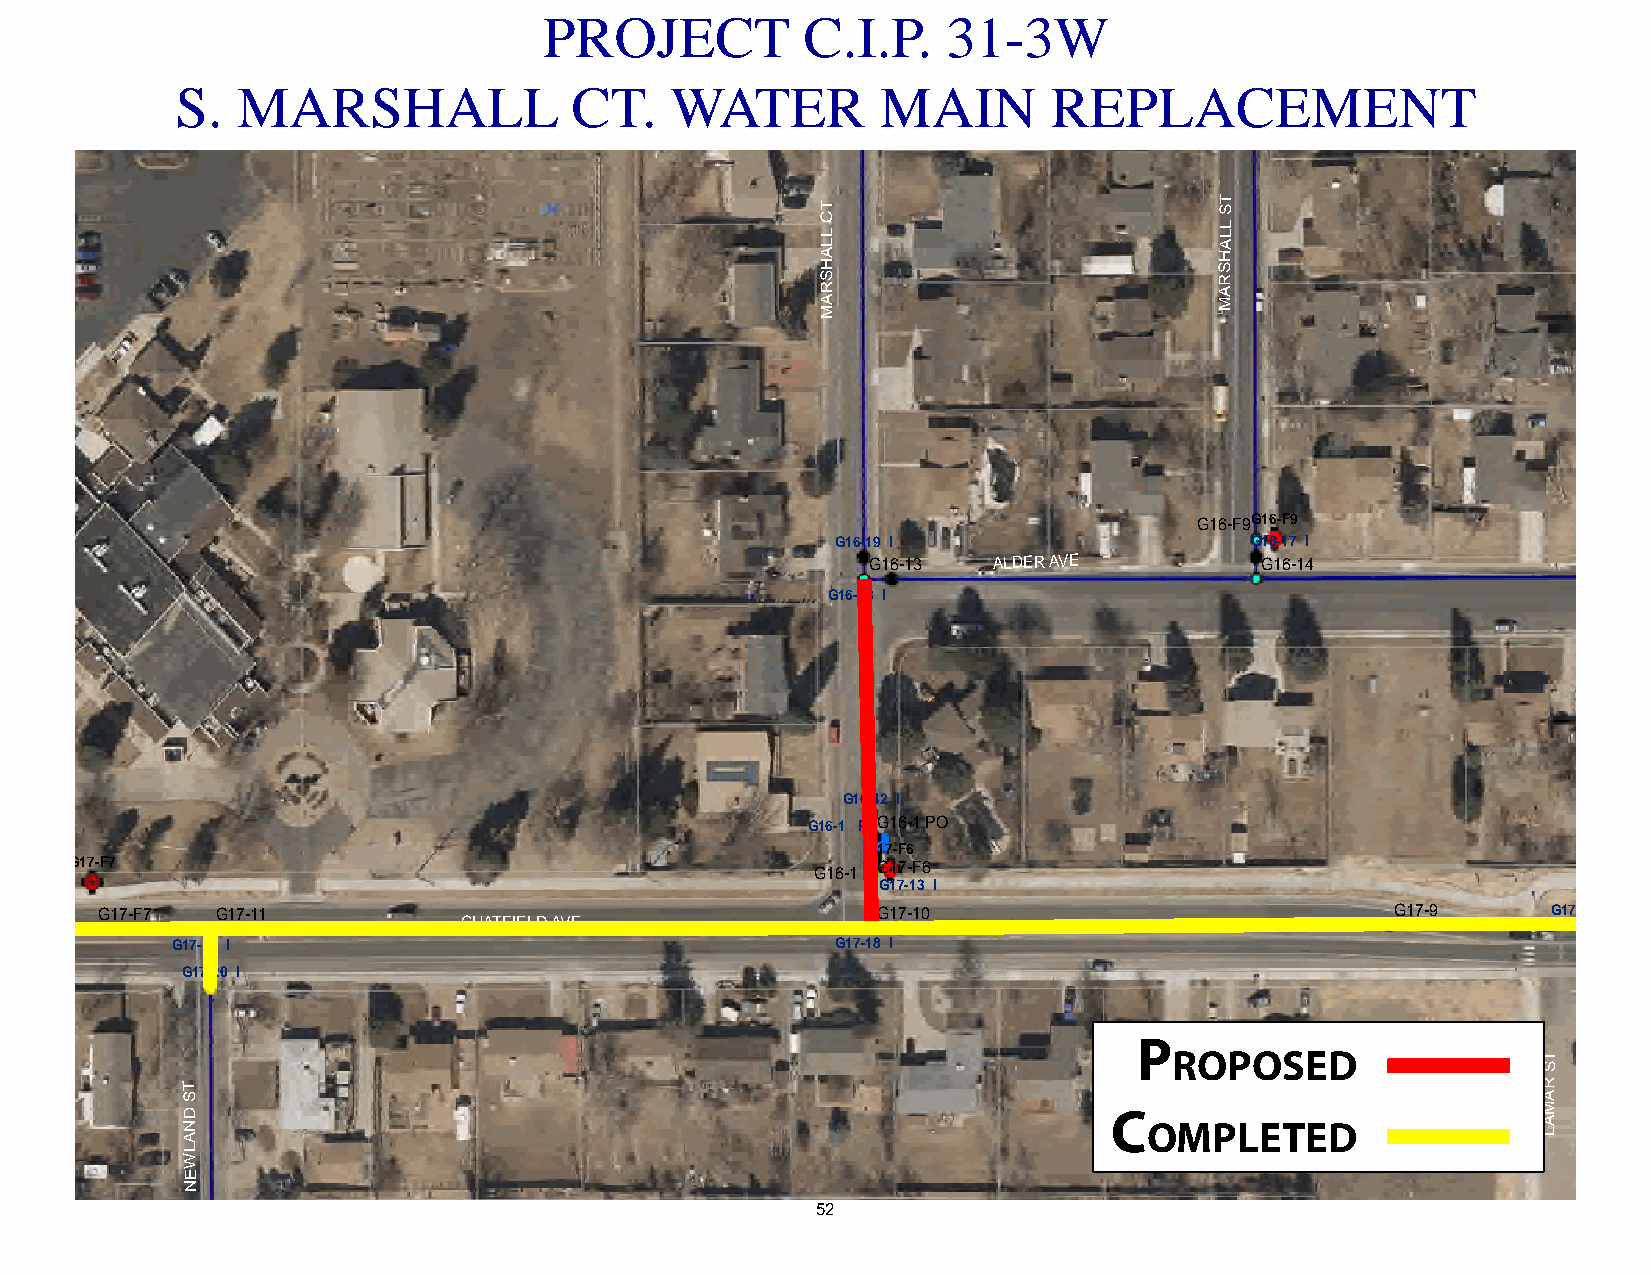
PROJECT          C.I.P.    31-3W
 S.  MARSHALL              CT.   WATER         MAIN        REPLACEMENT                            G16-F7
 G16-16
 G16-F7
 T
 T                          S
 C
 L
 LL
 L                          A
 A                          H
 H                          S
 S                          R
 R                          A
 A                          M
 M                                                   T
 C
 R
 A
 M
 A
 L
 G16-F9G16-F9
 G16-16 I
 G16-19 I                    G16-17 I
 G16-13  ALDER AVE        G16-14                    G16-17
 G16-18 I
 G16-42 I
 G16-1 PBG16-1 PO
 G17-F6
 G17-F7                                           G16-1 PIG17-F6
 G17-13 I
 G17-F7  G17-11                                      G17-10                            G17-9      G17-17 I
 CHATFIELD AVE
 G17-19 I                                    G17-18 I
 G17-20 I
 P
 ROPOSED                 T
 S
 T                                                                                         R
 S                                                                                         A
 D                                                            C                            M
 N
 A
 OMPLETED                  LA
 L
 W
 E
 N
 52